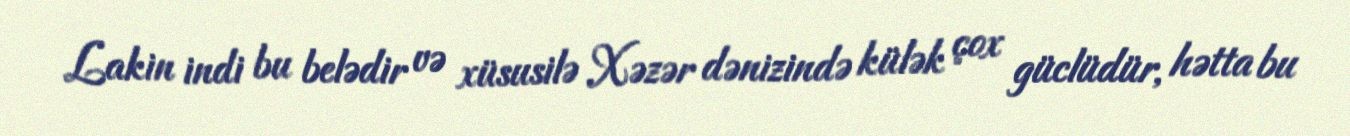
Lakin indi bu belədir və xüsusilə Xəzər dənizində külək çox güclüdür, hətta bu